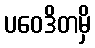
ပဝေဒိတမှိ